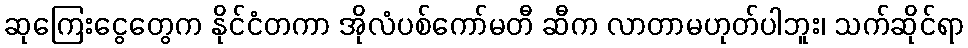
ဆုကြေးငွေတွေက နိုင်ငံတကာ အိုလံပစ်ကော်မတီ ဆီက လာတာမဟုတ်ပါဘူး၊ သက်ဆိုင်ရာ